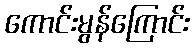
ကောင်းမွန်ကြောင်း